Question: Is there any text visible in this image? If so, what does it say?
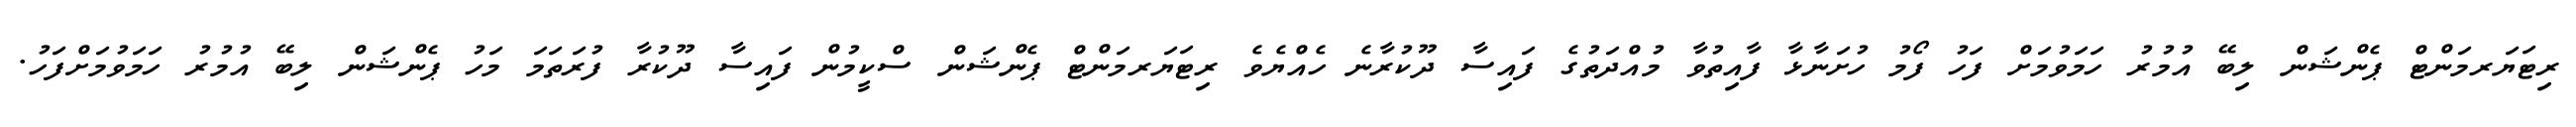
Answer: ރިޓަޔަރމަންޓް ޕެންޝަން ލިބޭ އުމުރު ހަމަވުމަށް ފަހު ފޯމު ހުށަނާޅާ ފާއިތުވާ މުއްދަތުގެ ފައިސާ ދޫކުރާނެ ހެއްޔެވެ ރިޓަޔަރމަންޓް ޕެންޝަން ސްކީމުން ފައިސާ ދޫކުރާ ފުރަތަމަ މަހު ޕެންޝަން ލިބޭ އުމުރު ހަމަވުމަށްފަހު.